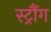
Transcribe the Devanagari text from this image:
स्ट्रौंग